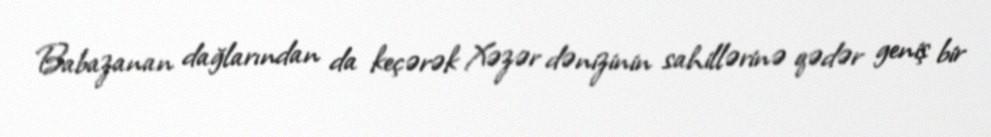
Babazanan dağlarından da keçərək Xəzər dənizinin sahillərinə qədər geniş bir